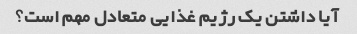
آیا داشتن یک رژیم غذایی متعادل مهم است؟